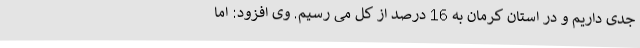
جدی داریم و در استان کرمان به 16 درصد از کل می رسیم. وی افزود: اما